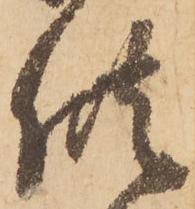
供